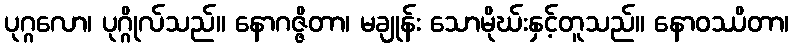
ပုဂ္ဂလော၊ ပုဂ္ဂိုလ်သည်။ နောဂဇ္ဇိတာ၊ မချုန်း သောမိုဃ်းနှင့်တူသည်။ နောဝဿိတာ၊